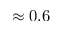
\approx 0 . 6